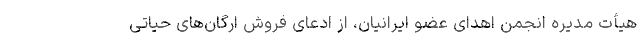
هیأت مدیره انجمن اهدای عضو ایرانیان، از ادعای فروش ارگان‌های حیاتی